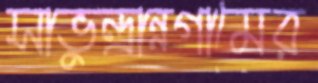
সাভুন্দ্রান্নগামের